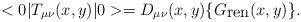
LaTeX: \begin{align*}<0|T_{\mu\nu}(x,y)|0> = D_{\mu\nu}(x,y) \{G_{\hbox{\rm ren}}(x,y)\}.\end{align*}